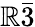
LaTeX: \mathbb{R}\bar{{3}}